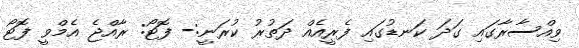
ވިއްސާރާގައި ގަދަ ކަނޑުގައި ފެރީއެއް ދަތުރު ކުރަނީ:- ފޮޓޯ: ރާއްޖެ އެމްވީ ފޮޓޯ